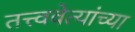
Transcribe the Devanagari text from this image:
तत्त्ववेत्यांच्या